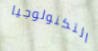
التكنولوجيا